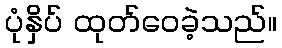
ပုံနှိပ် ထုတ်ဝေခဲ့သည်။